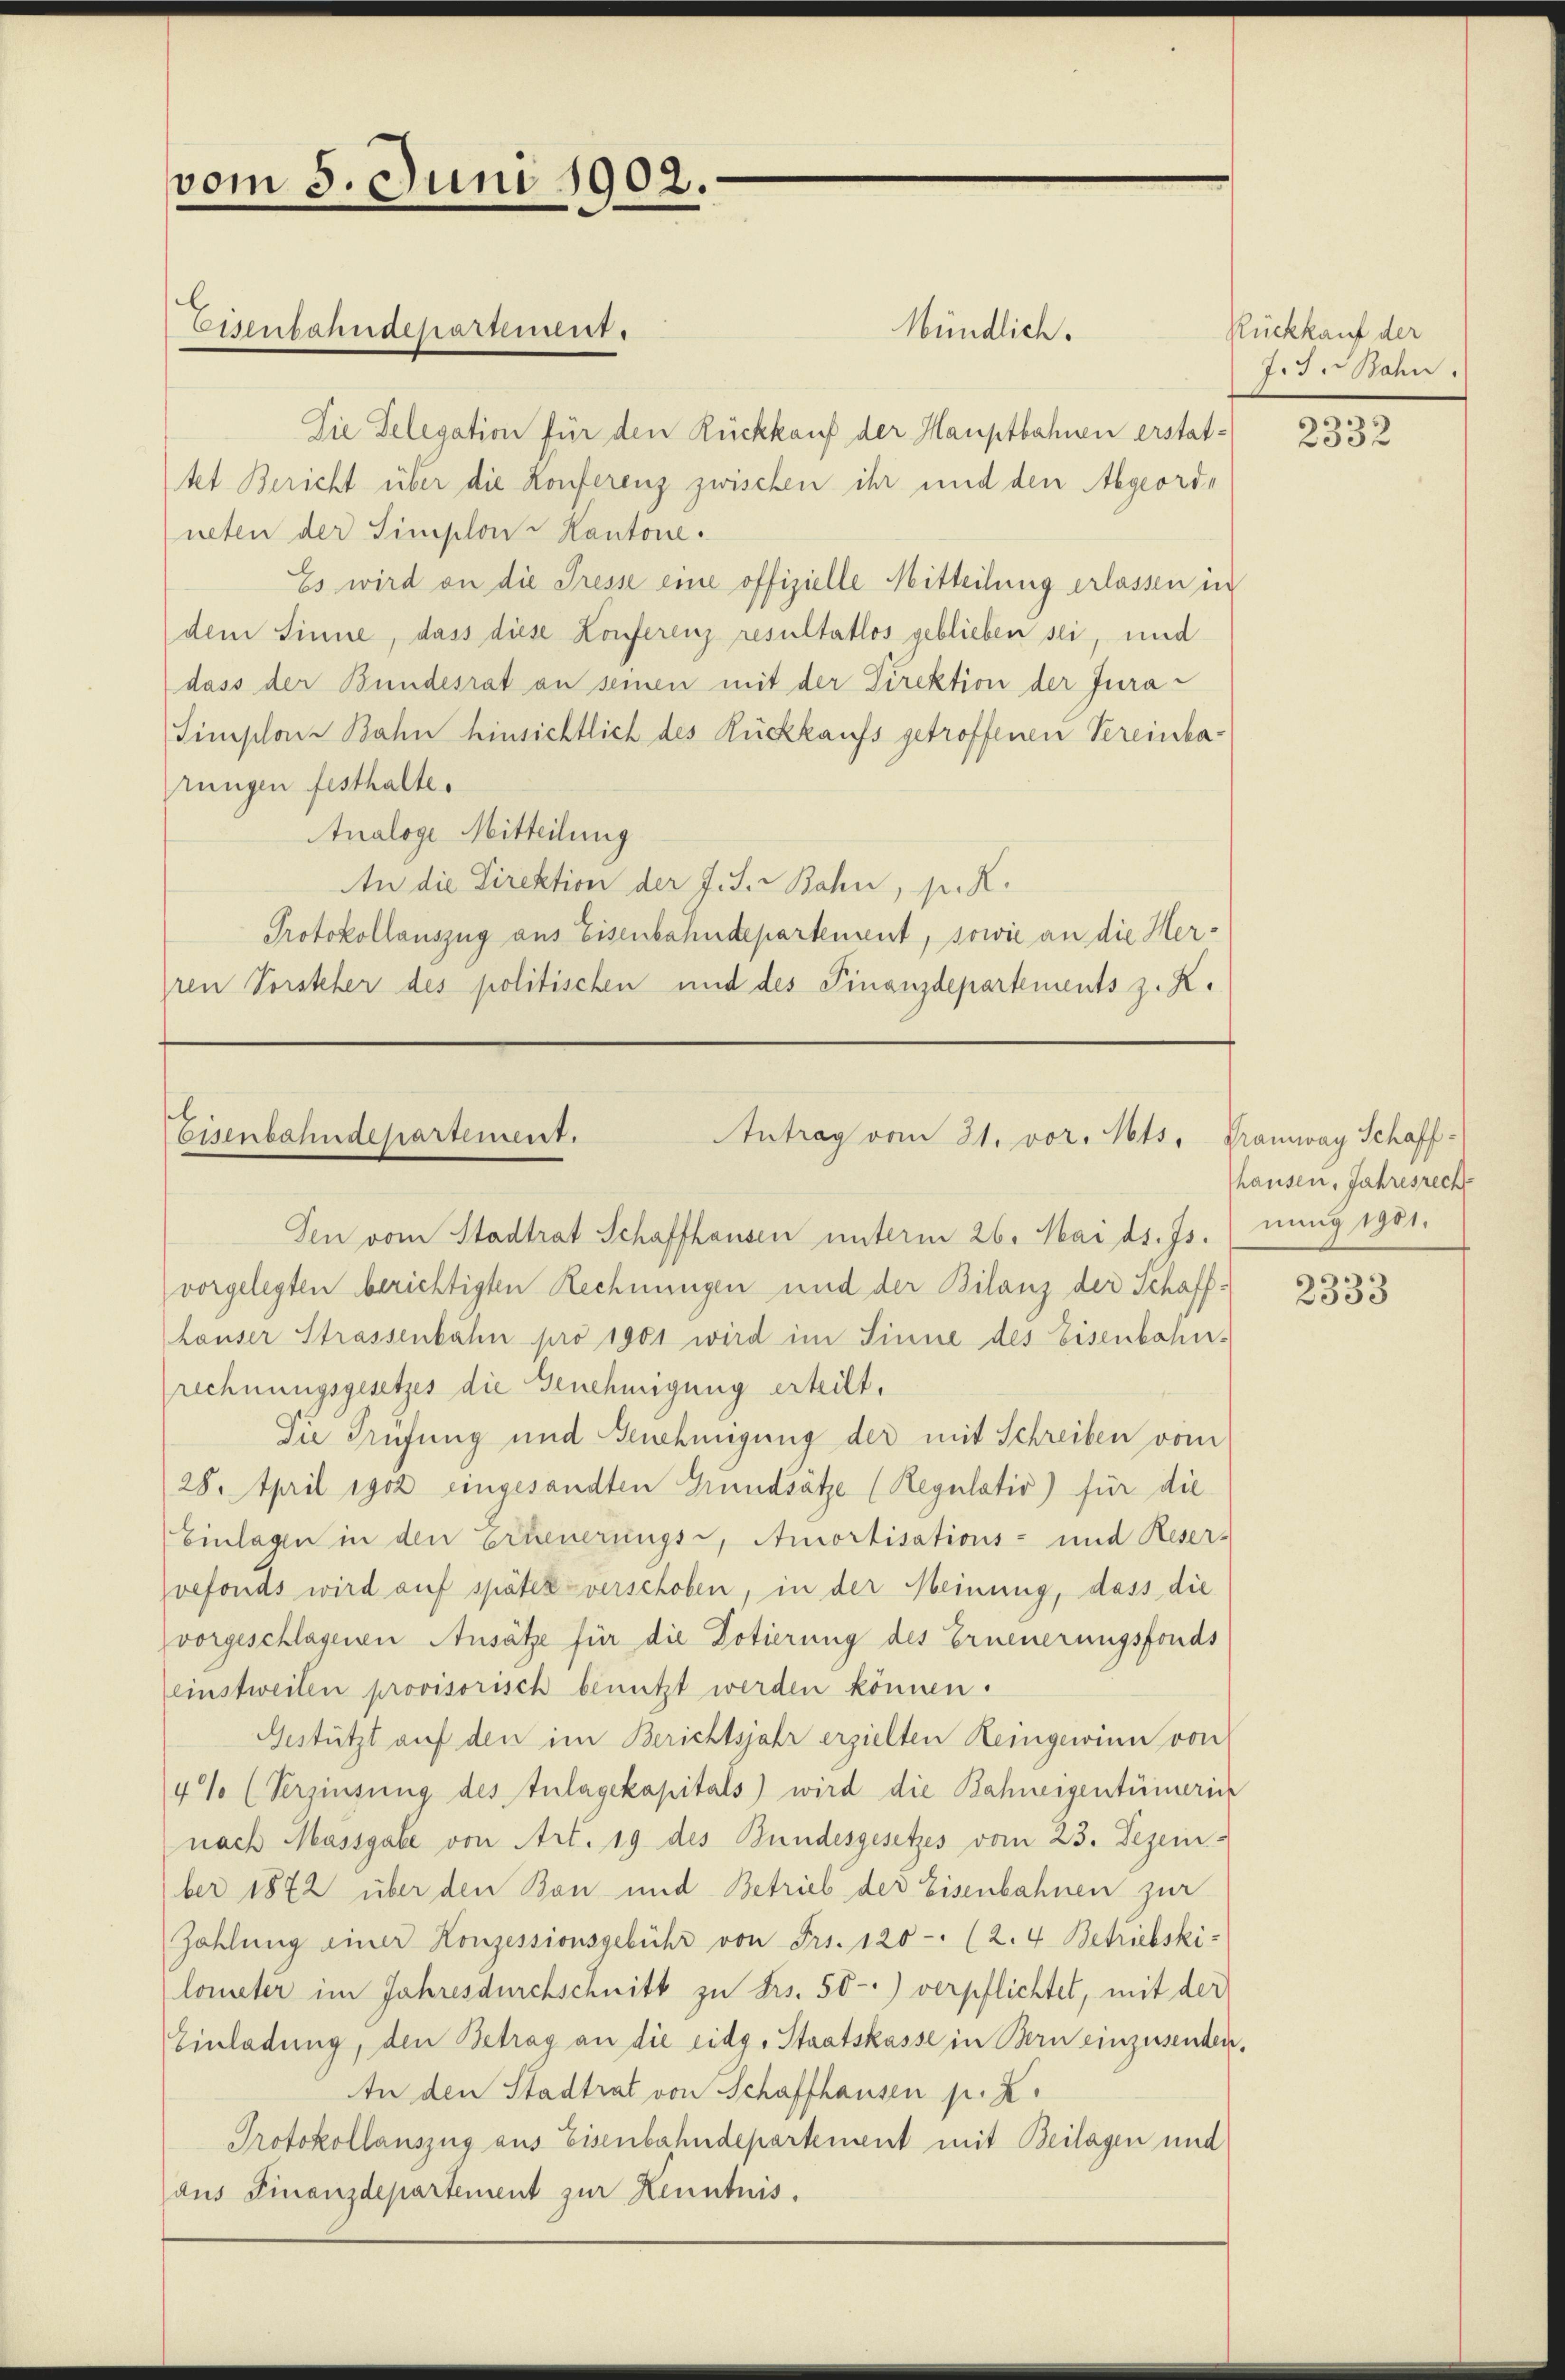
Mündlich.
Die Delegation für den Rückkauf der Hauptbahnen erstattet Bericht über die Konferenz zwischen ihr und den Abgeord-
neten der Simplon-Kantone.
Es wird an die Presse eine offizielle Mitteilung erlassen in
dem Sinne, dass diese Konferenz resultatlos geblieben sei, und
dass der Bundesrat an seinen mit der Direktion der Jura¬
Simplare Bahn hinsichtlich des Rückkaufs getroffenen Vereinba-
rungen festhalte.
Analoge Mitteilung
An die Direktion der J. J. Bahn, p. K.
Protokollauszug aus Eisenbahndepartement, sowie an die Herren Vorsteher des politischen und des Finanzdepartements z. K.

vom 5. Juni 1902.

Eisenbahndepartement.

sel
Eisenbahndepartement.
Antrag vom 21. vor. Mts. Tramway Schaff¬

Den vom Stadtrat Schaffhausen unterm 26. Mai d. Js. (nung 1901.
vorgelegten berichtigten Rechnungen und der Bilanz der Schaffhauser Strassenbahn pro 1901 wird im Sinne des Eisenbahn-
rechnungsgesetzes die Genehmigung erteilt.
Die Prüfung und Genehmigung der mit Schreiben vom
28. April 1902 eingesandten Grundsätze (Regulativ) für die
Einlage in den Erneuerungs-, Amortisations- und Reser-
vefonds wird auf später verschoben, in der Meinung, dass die
vorgeschlagenen Ansätze für die Dotierung des Erneuerungsfonds
einstweilen provisorisch benutzt werden können.
Gestützt auf den im Berichtsjahr erzielten Reingewinn von
4% (Verzinsung des Zulagekapitals) wird die Bahneigentümerin
nach Massgabe von Art. 19 des Bundesgesetzes vom 23. Dezem-
ber 1872 über den Bon und Betrieb der Eisenbahnen zur
Zohlung einer Konzessionsgebühr von Frs. 120 (2. 4. Betriebski-
lometer im Jahresdurchschnitt zu Frs. 50-) verpflichtet, mit der
Einladung, den Betrag an die eidg. Staatskasse in Bern einzusenden,
In den Stadtrat von Schaffhausen p. Z.
Protokollanszug aus Eisenbahndepartement mit Beilagen und
aus Finanzdepartement zur Kenntnis.

Rückkauf der
13. Jahn

2332

hausen, Jahresrech

2333